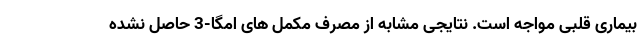
بیماری قلبی مواجه است. نتایجی مشابه از مصرف مکمل های امگا-3 حاصل نشده